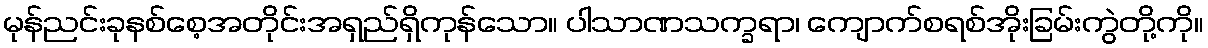
မုန်ညင်းခုနစ်စေ့အတိုင်းအရှည်ရှိကုန်သော။ ပါသာဏသက္ခရာ၊ ကျောက်စရစ်အိုးခြမ်းကွဲတို့ကို။